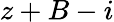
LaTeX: z+B-i